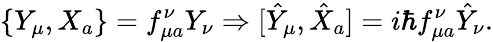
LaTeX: \{ Y_{\mu},X_{a}\} =f_{\mu a}^{\nu}Y_{\nu}\Rightarrow[\hat{Y}_{\mu},\hat{X}_{a}]=i\hbar f_{\mu a}^{\nu}\hat{Y}_{\nu}.